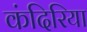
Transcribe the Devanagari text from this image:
कंदिरिया